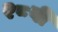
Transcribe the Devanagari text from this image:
२८वी